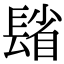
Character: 𨲓